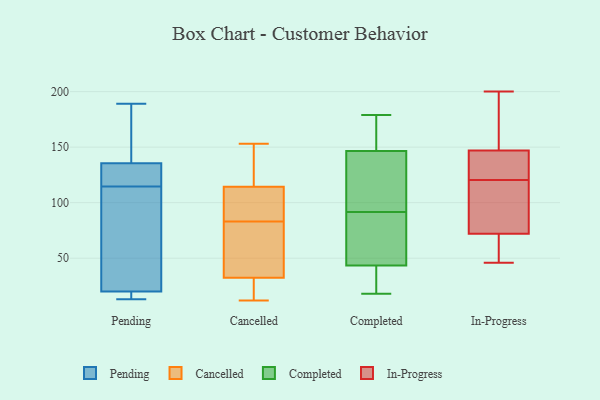
{"axis": {"x": "Backlog", "y": "Value"}, "legend": ["Cancelled", "Completed", "In-Progress", "Pending"], "data": [{"x": "", "y": 157, "type": "Pending"}, {"x": "", "y": 129, "type": "Pending"}, {"x": "", "y": 128, "type": "Pending"}, {"x": "", "y": 113, "type": "Pending"}, {"x": "", "y": 142, "type": "Pending"}, {"x": "", "y": 13, "type": "Pending"}, {"x": "", "y": 13, "type": "Pending"}, {"x": "", "y": 14, "type": "Pending"}, {"x": "", "y": 40, "type": "Pending"}, {"x": "", "y": 116, "type": "Pending"}, {"x": "", "y": 26, "type": "Pending"}, {"x": "", "y": 189, "type": "Pending"}, {"x": "", "y": 105, "type": "Cancelled"}, {"x": "", "y": 153, "type": "Cancelled"}, {"x": "", "y": 22, "type": "Cancelled"}, {"x": "", "y": 83, "type": "Cancelled"}, {"x": "", "y": 12, "type": "Cancelled"}, {"x": "", "y": 79, "type": "Cancelled"}, {"x": "", "y": 90, "type": "Cancelled"}, {"x": "", "y": 147, "type": "Cancelled"}, {"x": "", "y": 110, "type": "Cancelled"}, {"x": "", "y": 36, "type": "Cancelled"}, {"x": "", "y": 70, "type": "Cancelled"}, {"x": "", "y": 127, "type": "Cancelled"}, {"x": "", "y": 20, "type": "Cancelled"}, {"x": "", "y": 119, "type": "Completed"}, {"x": "", "y": 31, "type": "Completed"}, {"x": "", "y": 68, "type": "Completed"}, {"x": "", "y": 48, "type": "Completed"}, {"x": "", "y": 153, "type": "Completed"}, {"x": "", "y": 29, "type": "Completed"}, {"x": "", "y": 18, "type": "Completed"}, {"x": "", "y": 111, "type": "Completed"}, {"x": "", "y": 134, "type": "Completed"}, {"x": "", "y": 72, "type": "Completed"}, {"x": "", "y": 71, "type": "Completed"}, {"x": "", "y": 172, "type": "Completed"}, {"x": "", "y": 179, "type": "Completed"}, {"x": "", "y": 147, "type": "Completed"}, {"x": "", "y": 39, "type": "Completed"}, {"x": "", "y": 146, "type": "Completed"}, {"x": "", "y": 200, "type": "In-Progress"}, {"x": "", "y": 147, "type": "In-Progress"}, {"x": "", "y": 134, "type": "In-Progress"}, {"x": "", "y": 107, "type": "In-Progress"}, {"x": "", "y": 72, "type": "In-Progress"}, {"x": "", "y": 54, "type": "In-Progress"}, {"x": "", "y": 184, "type": "In-Progress"}, {"x": "", "y": 46, "type": "In-Progress"}, {"x": "", "y": 141, "type": "In-Progress"}, {"x": "", "y": 100, "type": "In-Progress"}]}